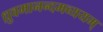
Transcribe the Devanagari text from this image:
ध्रुवमानन्दमव्ययम्